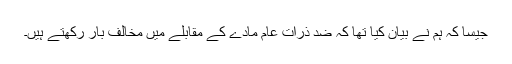
جیسا کہ ہم نے بیان کیا تھا کہ ضد ذرّات عام مادّے کے مقابلے میں مخالف بار رکھتے ہیں۔